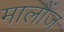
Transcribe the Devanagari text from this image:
मालौंज